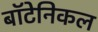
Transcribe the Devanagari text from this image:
बॉटेनिकल